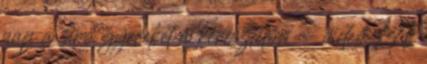
pap a síró gyereket a keresztelőn - videó 7A